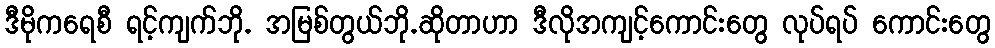
ဒီမိုကရေစီ ရင့်ကျက်ဘို. အမြစ်တွယ်ဘို.ဆိုတာဟာ ဒီလိုအကျင့်ကောင်းတွေ လုပ်ရပ် ကောင်းတွေ